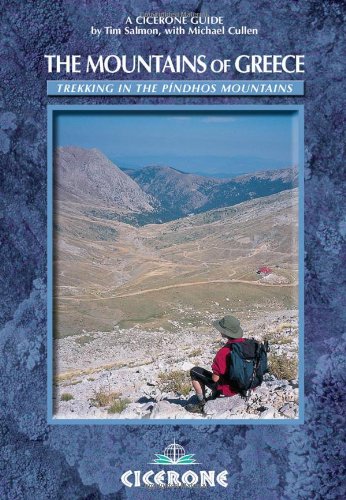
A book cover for The Mountains of Greece: Trekking in the Pindos Mountains (Cicerone Guides); Tim Salmon; Travel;